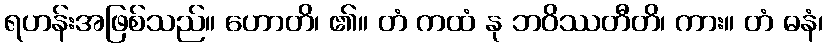
ရဟန်းအဖြစ်သည်။ ဟောတိ၊ ၏။ တံ ကထံ နု ဘဝိဿတီတိ၊ ကား။ တံ ဓနံ၊